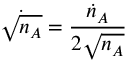
{ \dot { \sqrt { n _ { A } } } } = { \frac { { \dot { n } } _ { A } } { 2 { \sqrt { n _ { A } } } } }